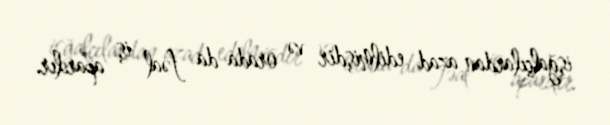
işğalçılardan azad edilmişdir və orada da fəal iş aparılır.